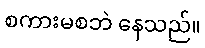
စကားမစဘဲ နေသည်။